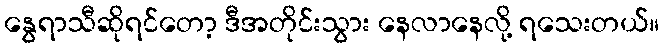
နွေရာသီဆိုရင်တော့ ဒီအတိုင်းသွား နေလာနေလို့ ရသေးတယ်။